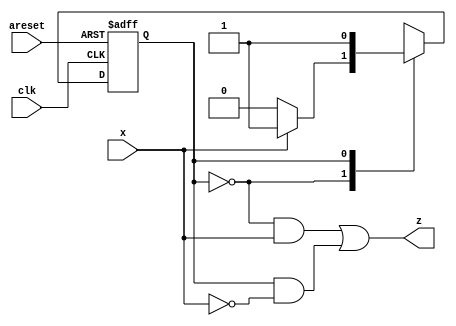
module top_module (
    input clk,
    input areset,
    input x,
    output z
); 

    parameter S0 = 1'b0, S1 = 1'b1;
    reg current_state,next_state;

    always @(*) begin
        case(current_state)
            S0:     next_state = x ? S1 : S0;
            S1:     next_state = S1;
        endcase
    end

    always @(posedge clk or posedge areset) begin
        if(areset)begin
            current_state <= S0;
        end
        else begin
            current_state <= next_state;
        end
    end

    assign z = ((current_state == S0) && x) || ((current_state == S1) && ~x);

endmodule